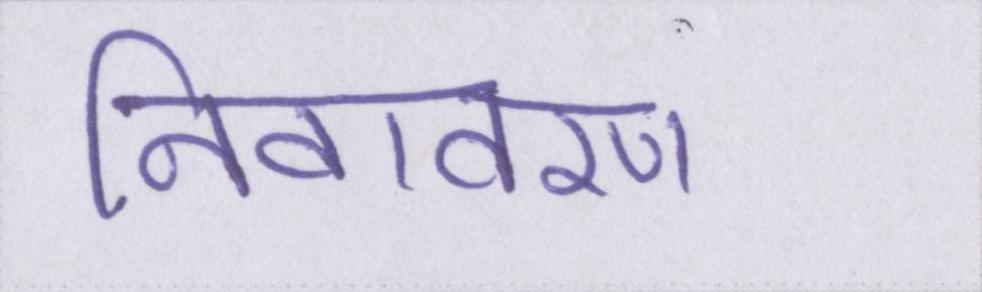
निवावरण